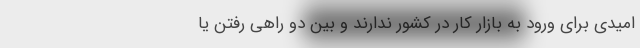
امیدی برای ورود به بازار کار در کشور ندارند و بین دو راهی رفتن یا